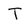
Character: T